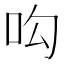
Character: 𠯜